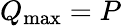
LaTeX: Q_{\mathrm{max}}=P